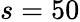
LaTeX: s=50